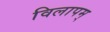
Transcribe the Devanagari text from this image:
विलापम्